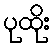
ပုထိုး